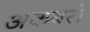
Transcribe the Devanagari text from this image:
अकबरो